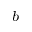
^ b